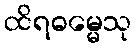
ထိရဓမ္မေသု